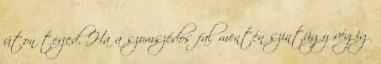
úton terjed. Ha a szomszédos fal mentén szintúgy végig